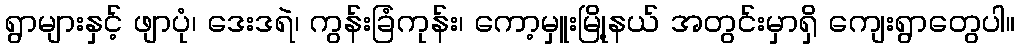
ရွာများနှင့် ဖျာပုံ၊ ဒေးဒရဲ၊ ကွန်းခြံကုန်း၊ ကော့မှူးမြို့နယ် အတွင်းမှာရှိ ကျေးရွာတွေပါ။